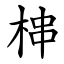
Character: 梙